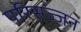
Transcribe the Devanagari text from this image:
परिसज्जन